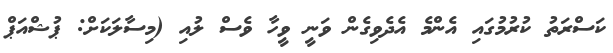
ކަސްރަތު ކުރުމުގައި އެންމެ އެދެވިގެން ވަނީ ވީހާ ވެސް ލުއި (މިސާލަކަށް: ޕުޝްއަޕް